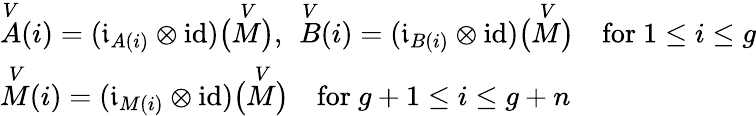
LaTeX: \begin{array}{l}{\overset{V}{A}(i)=(\mathfrak{i}_{A(i)}\otimes\mathrm{id})\bigl(\overset{V}{M}\bigr),\: \: \overset{V}{B}(i)=(\mathfrak{i}_{B(i)}\otimes\mathrm{id})\bigl(\overset{V}{M}\bigr)\quad\mathrm{for~}1\leq i\leq g}\\ {\overset{V}{M}(i)=(\mathfrak{i}_{M(i)}\otimes\mathrm{id})\bigl(\overset{V}{M}\bigr)\quad\mathrm{for~}g+1\leq i\leq g+n}\end{array}